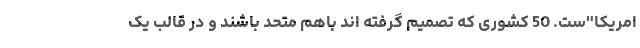
امریکا"ست. 50 کشوری که تصمیم گرفته اند باهم متحد باشند و در قالب یک